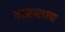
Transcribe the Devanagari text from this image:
वासालाच